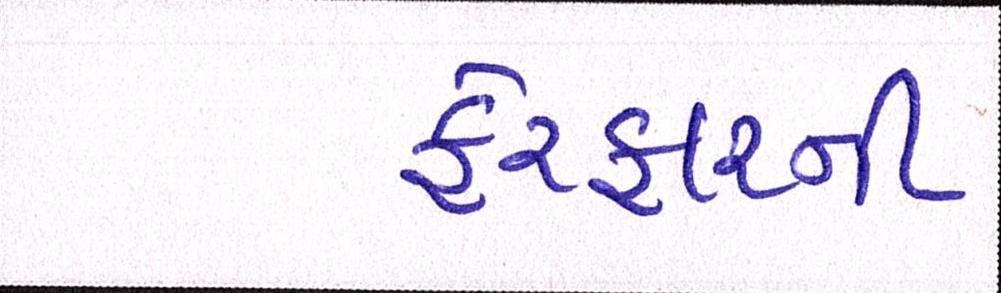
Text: ફેરફારની